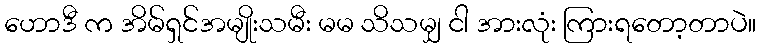
ဟောဒီ က အိမ်ရှင်အမျိုးသမီး မမ သိသမျှ ငါ အားလုံး ကြားရတော့တာပဲ။